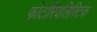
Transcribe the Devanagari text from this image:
फोटोरियलिस्टिक